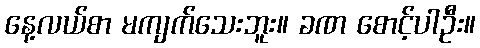
နေ့လယ်စာ မကျက်သေးဘူး။ ခဏ စောင့်ပါဦး။